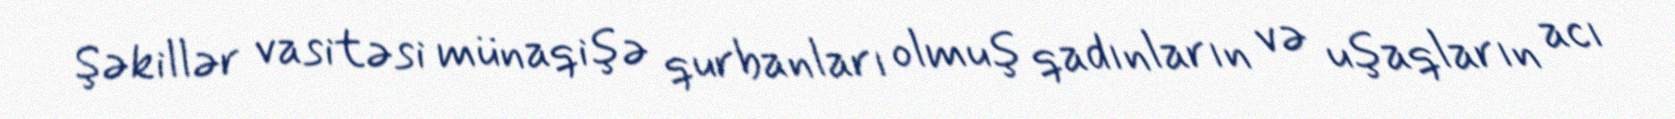
Şəkillər vasitəsi münaqişə qurbanları olmuş qadınların və uşaqların acı